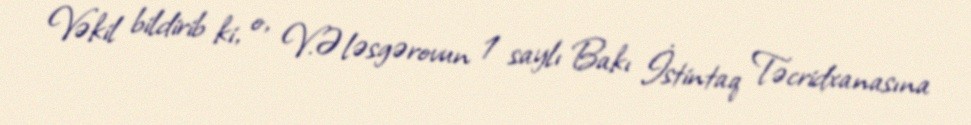
Vəkil bildirib ki, o, V.Ələsgərovun 1 saylı Bakı İstintaq Təcridxanasına